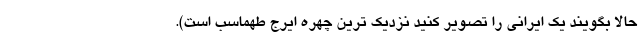
حالا بگویند یک ایرانی را تصویر کنید نزدیک ترین چهره ایرج طهماسب است).